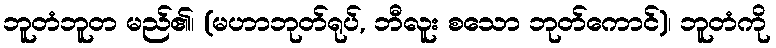
ဘူတံဘူတ မည်၏၊ (မဟာဘုတ်ရုပ်, ဘီလူး စသော ဘုတ်ကောင်)၊ ဘူတံကို